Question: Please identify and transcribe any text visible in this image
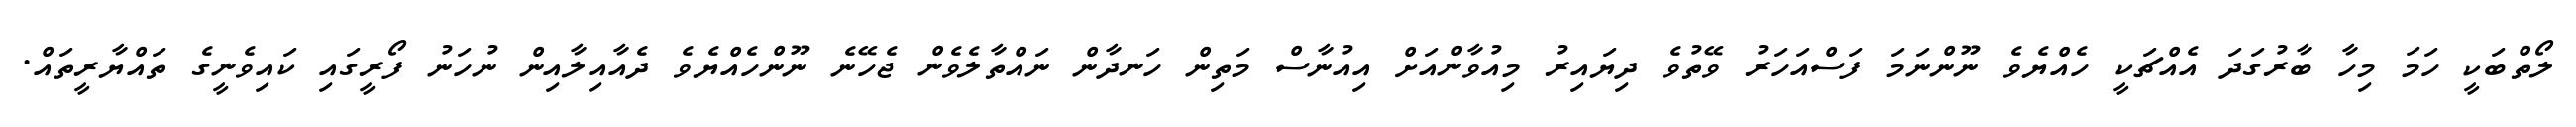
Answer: ލޯތްބަކީ ހަމަ މިހާ ބާރުގަދަ އެއްޗަކީ ހެއްޔެވެ ނޫންނަމަ ފަސްއަހަރު ވޭތުވެ ދިޔައިރު މިއުވާންއަށް އިއުނާސް މަތިން ހަނދާން ނައްތާލެވެން ޖެހޭނެ ނޫންހެއްޔެވެ ދެއާއިލާއިން ނުހަނު ފޯރީގައި ކައިވެނީގެ ތައްޔާރީތައް.